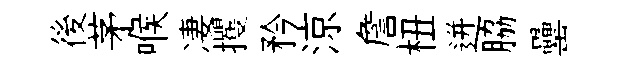
後茅喉凄攫矜涼詹杻迸脇罍